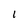
Character: 1